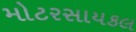
મોટરસાયકલ